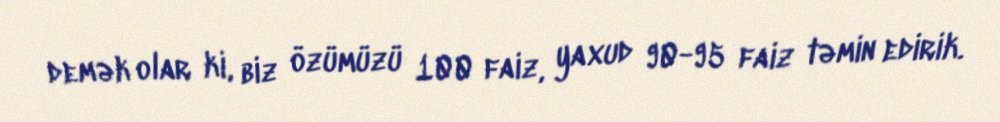
demək olar ki, biz özümüzü 100 faiz, yaxud 90-95 faiz təmin edirik.